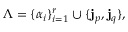
\Lambda = \{ \alpha _ { i } \} _ { i = 1 } ^ { r } \cup \{ { \bf j } _ { p } , { \bf j } _ { q } \} ,